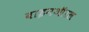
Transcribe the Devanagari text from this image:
बाइनऑरल